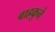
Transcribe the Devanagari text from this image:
बाह्रकुने